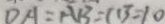
D A = A B = C B = 1 0